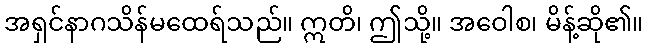
အရှင်နာဂသိန်မထေရ်သည်။ ဣတိ၊ ဤသို့။ အဝေါစ၊ မိန့်ဆို၏။